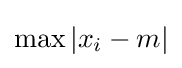
\max \left|x_{i}-m\right|